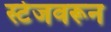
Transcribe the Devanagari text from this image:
स्टेजवरून